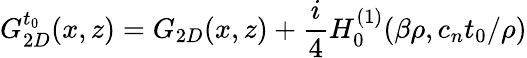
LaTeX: G_{2D}^{t_{0}}(x,z)=G_{2D}(x,z)+\frac{i}{4}H_{0}^{(1)}(\beta\rho,c_{n}t_{0}/\rho)